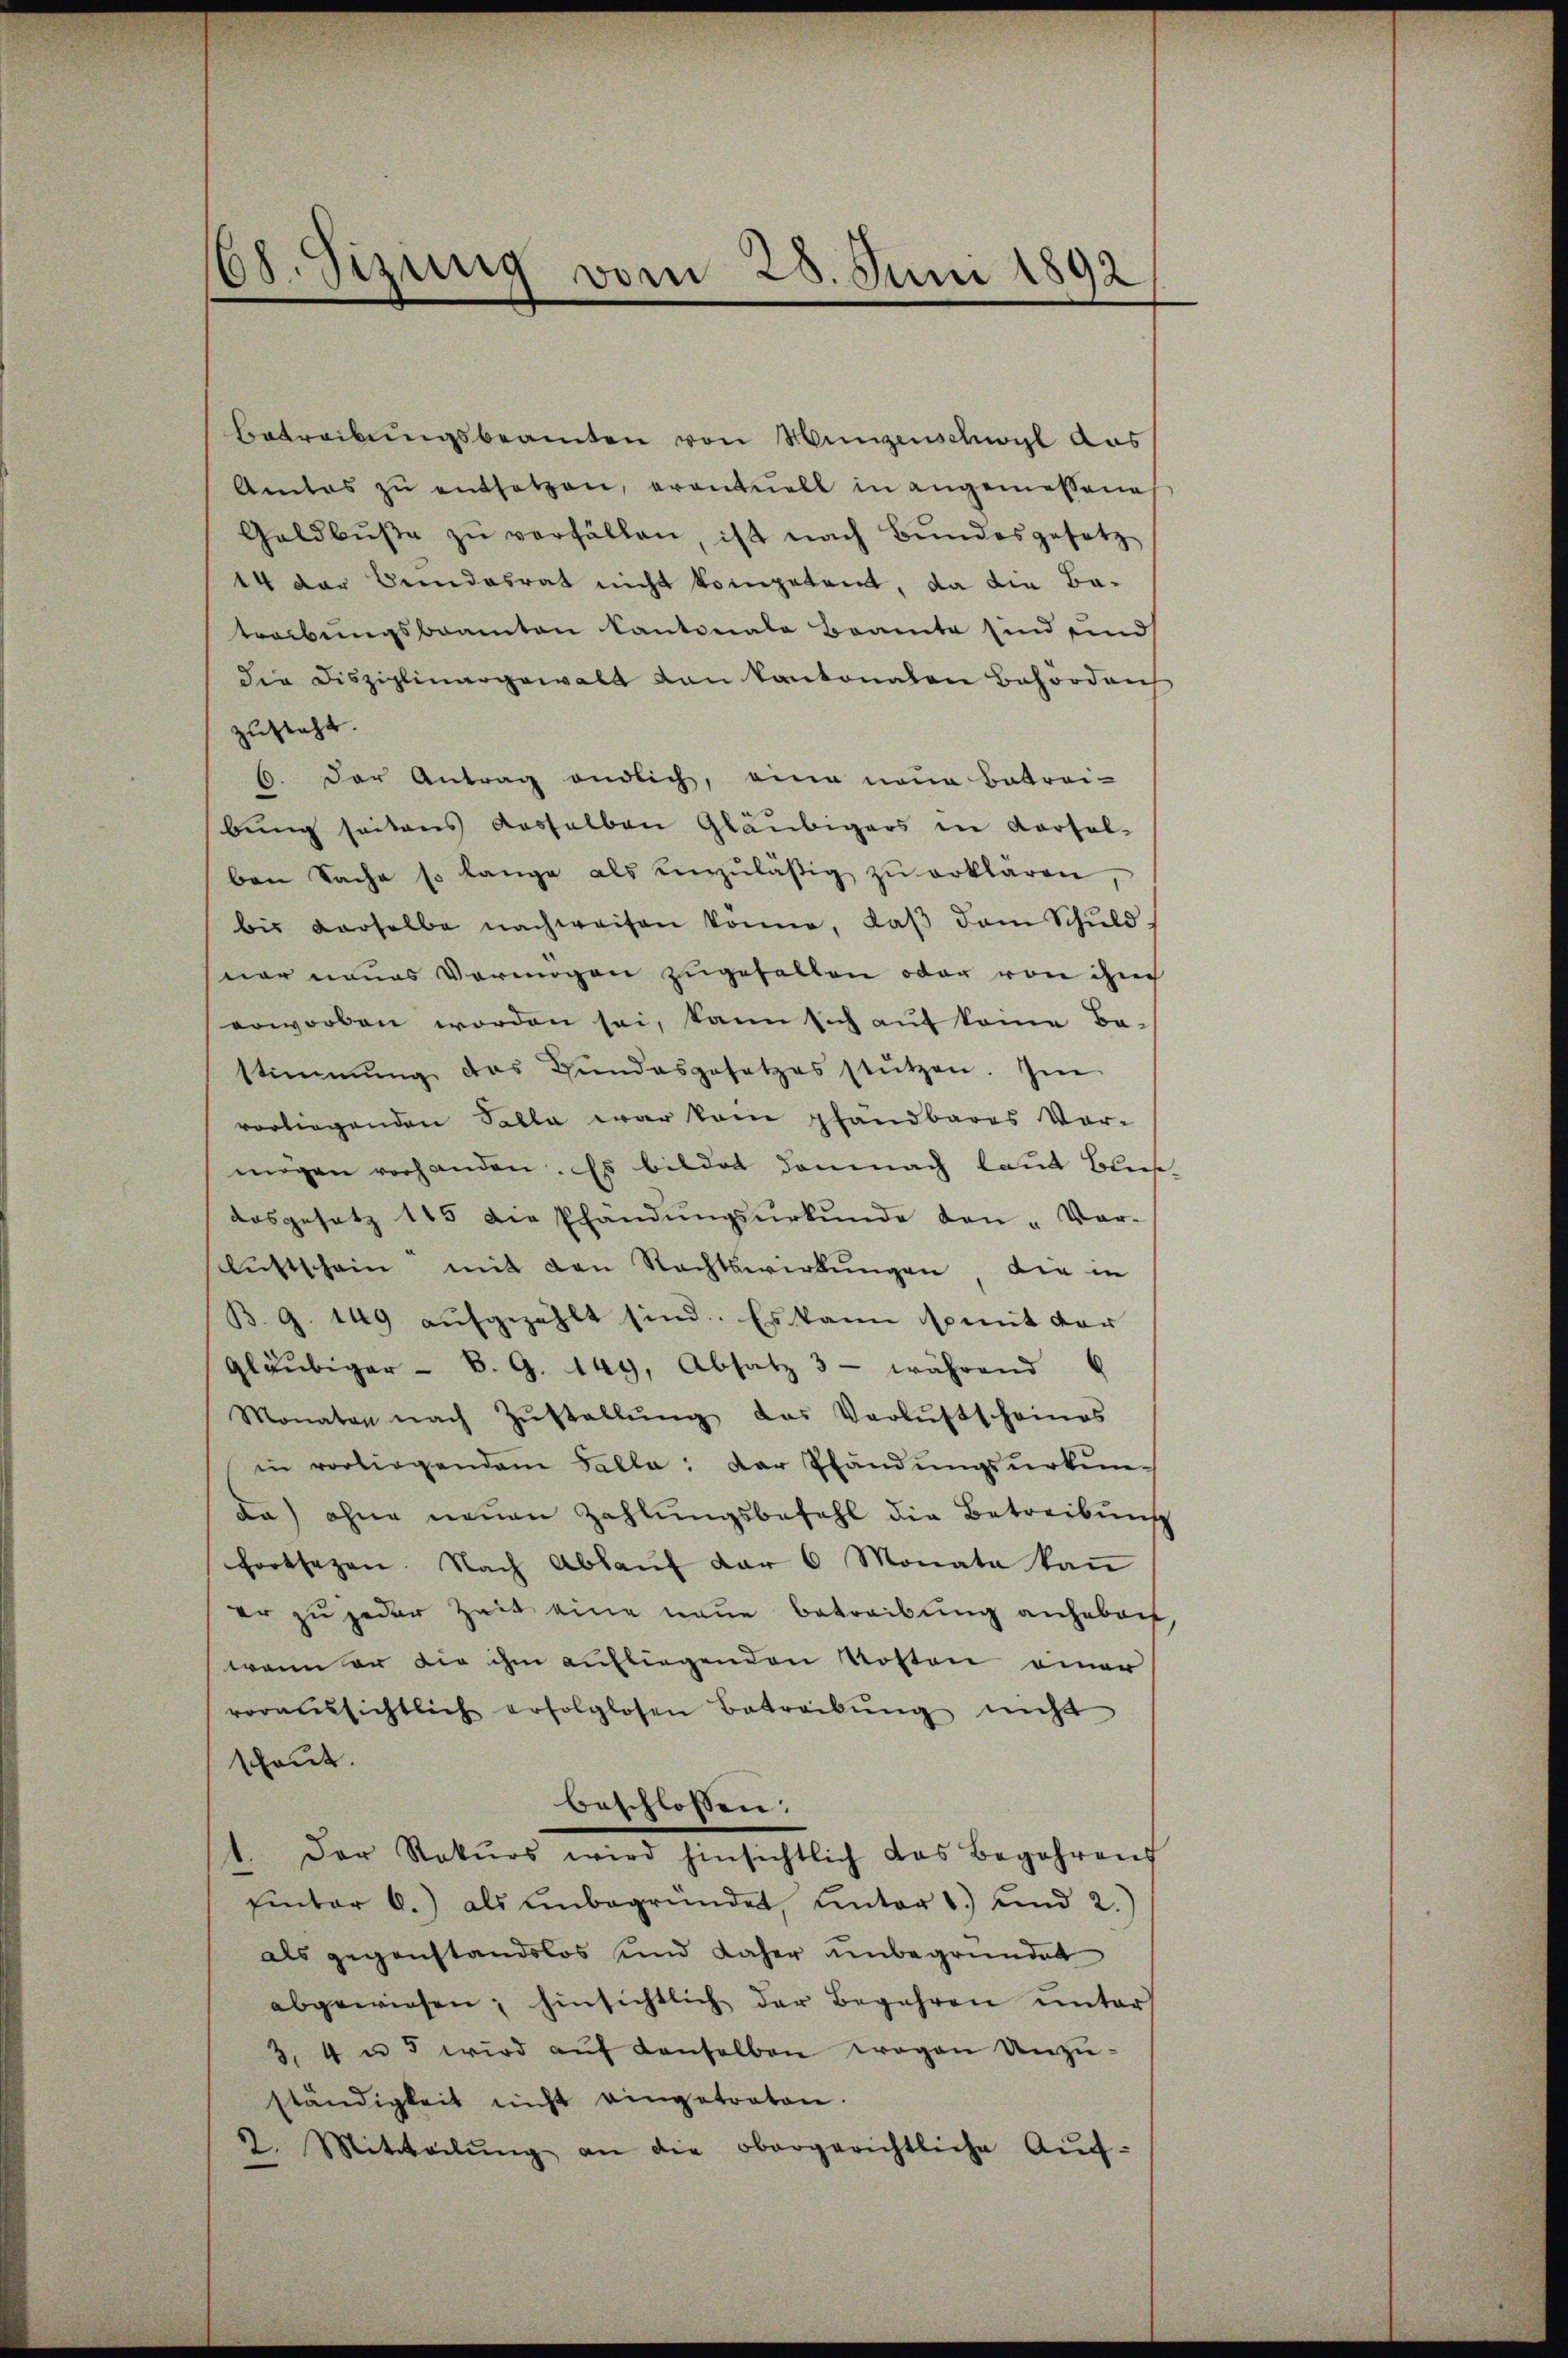
Betreibŭngsbeamten von Hingenschwyl aus
Amtos zŭ entsetzen, eventuell in angemessene
Galdbŭβe zŭ verfällen, ist nach Bŭndesgesetz
14 der Bundesrat nicht kompeten, da die Be-
treibungsbeamten Kantonale Beamte sind und
die Disziplinargewalt von Kantonalen Behörden
zusteht
6. Der Antrag endlich, eine neue Betrai-
bung seitens dasselben Gläubigers in Korsal-
ben Sache so lange als unzuläßig zŭ erklären,
bis derselbe nachweisen könne, daβ dem Schŭld
ner neues Vermögen zugefallen oder von ihm
erworben worden sei, kann sich auf kome Be-
stimmung des Hŭndesgesetzes stützen. Im
vorliegenden Falla war kam pfandbares Vor-
mögen vorhanden. Es bildet demnach laut Bließ,
dosgesetz 115 die Pfändŭngsŭrkŭnde den-Ver-
scluftschein mit den Nachtswirkungen die in
B. G. 149 aufgezählt sind. Es kann somit vor
gläubiger - B. G. 149, Absatz 3 - während 6
Monaten nach Zŭstallŭng das Verlustscheines
in vorliegendem Falle: Der Pfändŭngsŭrkŭn-
da) ohne neuen Zahlungsbefehl die Betreibung
fortsezen. Nach Ablaŭf der 6 Monata kan
er zu jeder Zeit eine neue Betreibung anheben
wenn er die ihm aufliegenden Kosten einer
voraussichtlich erfolglosen Betreibŭng nicht
schaut.
beschlossen:
1. Der Rekŭrs wird hinsichtlich das Begehrens
Einter 6.) als ŭnbegründet ŭnter 1.) und 2.)
als gegenstandslos und daher unbegründet
abgewiesen; hinsichtlich der Begehren unter
3, 4 u. 5 wird aŭf Konsolben wegen Unzuständigkeit nicht eingetraten.
2. Mitweilŭng an die obergerichtliche Aŭf-

68. Sizung vom 28. Juni 1892